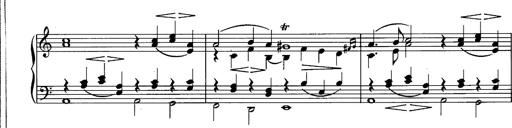
Title: La romanesca
Composer: Franz Liszt